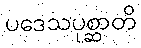
ပဒေသပုစ္ဆာတိ